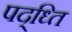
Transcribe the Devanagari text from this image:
पद्ध्ति